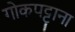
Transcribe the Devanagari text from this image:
गोकपट्टाना